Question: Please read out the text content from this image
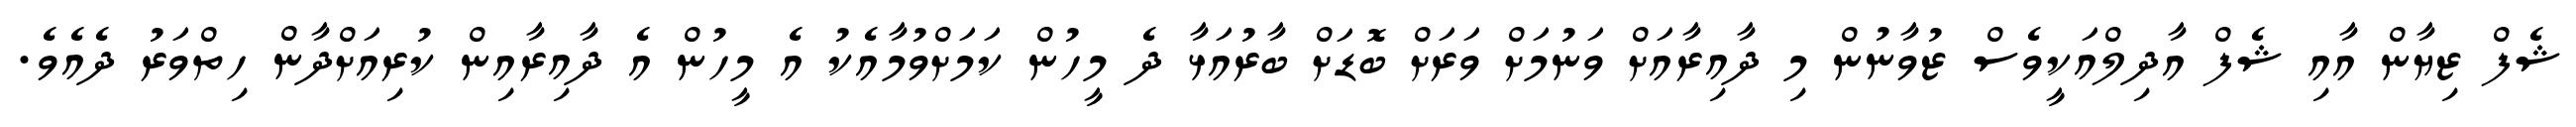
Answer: ޝެފް ޒިޔާން އާއި ޝެފް އާދިލްއަކީވެސް ޒުވާނުން މި ދާއިރާއަށް ވަނުމަށް ވަރަށް ބޮޑަށް ބާރުއަޅާ ދެ މީހުން ކަމަށްވުމާއެކު އެ މީހުން އެ ދާއިރާއިން ކުރިއަށްދާން ހިތްވަރު ދެއެވެ.